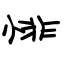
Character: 悱